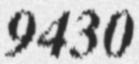
9430